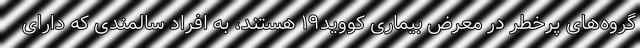
گروه‌های پرخطر در معرض بیماری کووید۱۹ هستند، به افراد سالمندی که دارای